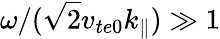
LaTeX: \omega/(\sqrt{2}v_{te0}k_{\parallel})\gg 1